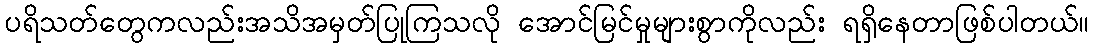
ပရိသတ်တွေကလည်းအသိအမှတ်ပြုကြသလို အောင်မြင်မှုများစွာကိုလည်း ရရှိနေတာဖြစ်ပါတယ်။